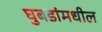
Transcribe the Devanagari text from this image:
घुबडांमधील